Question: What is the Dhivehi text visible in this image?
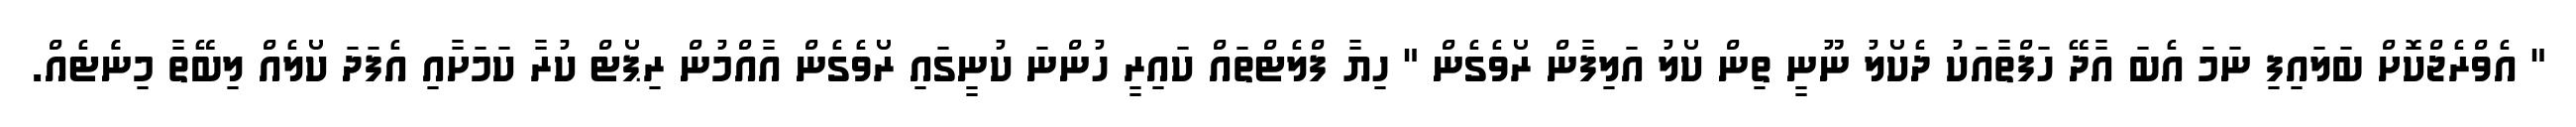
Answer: " އެވްރެޖްކޮށް ބަލައިފި ނަމަ އެބަ އާދޭ ހަފްތާއަކު ދެކޯލު ނޫނީ ތިން ކޯލު އަލިފާން ރޯވެގެން " ހިޔާ ފްލެޓްތައް ކައިރީ ހުންނަ ކުނީގައި ރޯވެގެން އާއްމުން ރިޕޯޓް ކުރާ ކަމަށާއި އެފަދަ ކޯލެއް ލިބޭތާ މިނެެޓެއް.